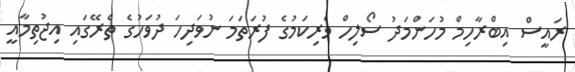
ރައީސް އިބްރާހިމް މުހަންމަދު ސޯލިހް ވެރިކަމުގެ ފުރަތަމަ ނުވަދިހަ ދުވަހުގެ ތެރޭގައި އިޖުތިމާއީ